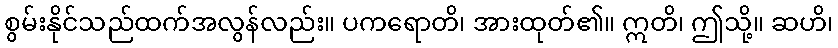
စွမ်းနိုင်သည်ထက်အလွန်လည်း။ ပကရောတိ၊ အားထုတ်၏။ ဣတိ၊ ဤသို့။ ဆဟိ၊